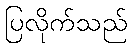
ပြလိုက်သည်